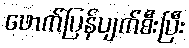
ဖောက်ပြန်ပျက်စီးပြီး